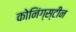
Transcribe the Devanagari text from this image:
कोनिंग्स्टीन